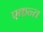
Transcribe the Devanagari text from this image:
एकन्त